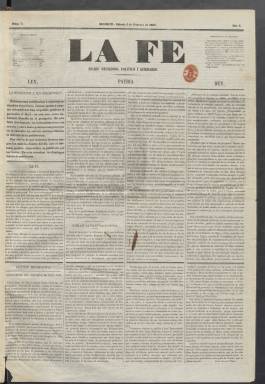
Título: La Fe (Madrid. 1855)
Colección: Periódicos
Ámbito geográfico: Madrid
Lugar de publicación: Madrid
Fechas: 03/02/1855-05/06/1855

Periódico que llevaba por subtítulo el de Diario religioso, político y literario y por lema Ley, Patria, Rey.  En principio parecía ligado al carlismo, movimiento tradicionalista que tras la guerra con los liberales en la década de 1830 permanecía latente en ciertos sectores sociales y territorios de la Península. Su órgano de prensa más importante era La Esperanza, fundado en Madrid en 1844.

  La Fe vino a acompañar a La Esperanza en 1855 dentro de la nueva corriente neocatólica nacida tras la revolución del año anterior que llevó al Gobierno al partido progresista. Juan Rebollo figuraba como editor responsable del nuevo diario, que estaba dirigido por Manuel María Caballero de Rodas, según se lee en la Historia del Periodismo Español de Pedro Gómez Aparicio.

  El periódico salía a diario por las tardes y no se publicaba los domingos. Su primer número es de 3 de febrero de 1855 y marca lo que sería la estructura de contenido de la publicación. Se abría en portada con un artículo de fondo exponiendo su ideario sobre cualquier tema de actualidad y en el faldón había una sección recreativa dedicada a la crítica teatral o a la publicación del folletín. Firmaba esta sección un redactor con el seudónimo Juan de las Viñas, que era el título de una comedia de Eugenio Hartzenbusch.

  Con cuatro páginas por número en cuatro apretadas columnas, La Fe tenía una sección de Noticias de Provincias y otra de Noticias del Extranjero, así como una Revista de periódicos en la que se repasaba lo publicado por el resto de la prensa. Contaba igualmente con una sección oficial con la información del Gobierno y otra con las sesiones de las Cortes Constituyente, además de una columna de información religiosa.

  Las noticias sueltas iban en una columna de Gacetillas en la que se contaban casos a veces muy curiosos como este: ‘Hay en esta corte un ciudadano que durante diez y seis años ha asistido cotidianamente a un café, y cotidianamente ha guardado los terroncillos de azúcar que le sobraban después de endulzar su vaso de café. Pues bien, este perseverante ciudadano vendió la semana pasada al dueño del establecimiento a que concurre CUATRO arrobas de rica azúcar blanca, producto de su paciencia’.

  El último número de La Fe es de 5 de junio de 1855.  Al día siguiente se fusionó con La Estrella adoptando la orientación de este periódico también católico, pero no adscrito al carlismo, algo que no gustó a los dirigentes del movimiento, que atacaron a los responsables de los diarios fusionados desde La Esperanza, su órgano de prensa. Caballero de Rodas, incorporado a La Estrella, fue el encargado de polemizar con los carlistas.

  Manuel María Caballero de Rodas, nacido en 1815 en Estepa (Sevilla) dirigió el periódico Las Indias además de La Fe y escribió varios libros, entre ellos, ‘Resumen Poético de la Historia de España’ y ‘Elementos de dibujo lineal para niños’. Falleció en Madrid en 1874.

[Descripción publicada el 20/09/2024]